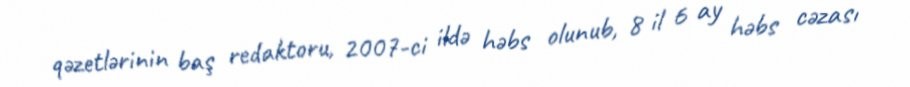
qəzetlərinin baş redaktoru, 2007-ci ildə həbs olunub, 8 il 6 ay həbs cəzası